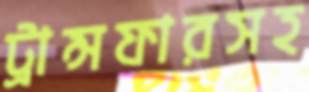
ট্রান্সফারসহ